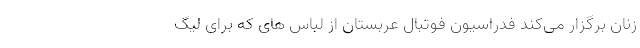
زنان برگزار می‌کند فدراسیون فوتبال عربستان از لباس های که برای لیگ